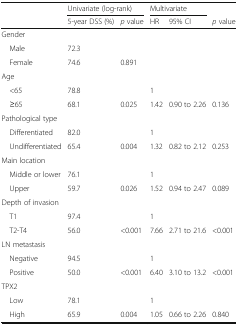
<table><thead><tr><td></td><td colspan="2"><b>Univariate (log-rank)</b></td><td colspan="2"><b>Multivariate</b></td><td></td></tr><tr><td></td><td><b>5-year DSS (%)</b></td><td><b><i>p</i> value</b></td><td><b>HR</b></td><td><b>95% CI</b></td><td><b><i>p</i> value</b></td></tr></thead><tbody><tr><td colspan="6">Gender</td></tr><tr><td> Male</td><td>72.3</td><td></td><td></td><td></td><td></td></tr><tr><td> Female</td><td>74.6</td><td>0.891</td><td></td><td></td><td></td></tr><tr><td colspan="6">Age</td></tr><tr><td> &lt;65</td><td>78.8</td><td></td><td>1</td><td></td><td></td></tr><tr><td> ≥65</td><td>68.1</td><td>0.025</td><td>1.42</td><td>0.90 to 2.26</td><td>0.136</td></tr><tr><td colspan="6">Pathological type</td></tr><tr><td> Differentiated</td><td>82.0</td><td></td><td>1</td><td></td><td></td></tr><tr><td> Undifferentiated</td><td>65.4</td><td>0.004</td><td>1.32</td><td>0.82 to 2.12</td><td>0.253</td></tr><tr><td colspan="6">Main location</td></tr><tr><td> Middle or lower</td><td>76.1</td><td></td><td>1</td><td></td><td></td></tr><tr><td> Upper</td><td>59.7</td><td>0.026</td><td>1.52</td><td>0.94 to 2.47</td><td>0.089</td></tr><tr><td colspan="6">Depth of invasion</td></tr><tr><td> T1</td><td>97.4</td><td></td><td>1</td><td></td><td></td></tr><tr><td> T2-T4</td><td>56.0</td><td>&lt;0.001</td><td>7.66</td><td>2.71 to 21.6</td><td>&lt;0.001</td></tr><tr><td colspan="6">LN metastasis</td></tr><tr><td> Negative</td><td>94.5</td><td></td><td>1</td><td></td><td></td></tr><tr><td> Positive</td><td>50.0</td><td>&lt;0.001</td><td>6.40</td><td>3.10 to 13.2</td><td>&lt;0.001</td></tr><tr><td colspan="6">TPX2</td></tr><tr><td> Low</td><td>78.1</td><td></td><td>1</td><td></td><td></td></tr><tr><td> High</td><td>65.9</td><td>0.004</td><td>1.05</td><td>0.66 to 2.26</td><td>0.840</td></tr></tbody></table>